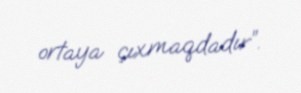
ortaya çıxmaqdadır”.